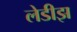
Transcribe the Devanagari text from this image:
लेडीझ